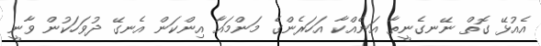
އެއުޅޭ ގޮތް ނޭނގެނީތާ އަނެއްކާ އަހަރެންގެ މަންމައާ އިންކަން އެނގޭ ދުވަހަކުން ވާނީ